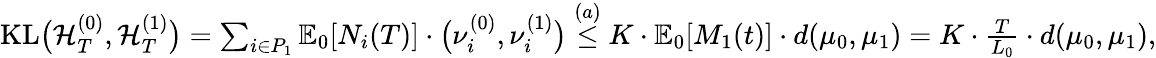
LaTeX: \begin{array}{r}{\mathrm{KL}\big(\mathcal{H}_{T}^{(0)},\mathcal{H}_{T}^{(1)}\big)=\sum_{i\in P_{1}}\mathbb{E}_{0}[N_{i}(T)]\cdot\big(\nu_{i}^{(0)},\nu_{i}^{(1)}\big)\overset{(a)}{\le}K\cdot\mathbb{E}_{0}[M_{1}(t)]\cdot d(\mu_{0},\mu_{1})=K\cdot\frac{T}{L_{0}}\cdot d(\mu_{0},\mu_{1}),}\end{array}